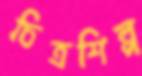
চিত্রশিল্প